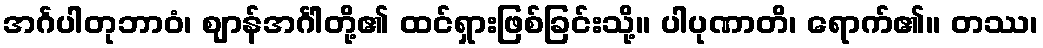
အင်္ဂပါတုဘာဝံ၊ ဈာန်အင်္ဂါတို့၏ ထင်ရှားဖြစ်ခြင်းသို့။ ပါပုဏာတိ၊ ရောက်၏။ တဿ၊